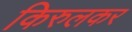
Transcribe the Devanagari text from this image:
किरुलकर